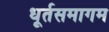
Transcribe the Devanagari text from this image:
धूर्तसमागम